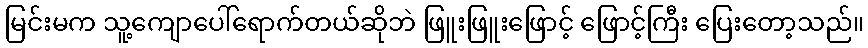
မြင်းမက သူ့ကျောပေါ်ရောက်တယ်ဆိုဘဲ ဖြူးဖြူးဖြောင့် ဖြောင့်ကြီး ပြေးတော့သည်။